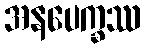
အနပေက္ခဿ